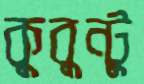
কুবুন্টু